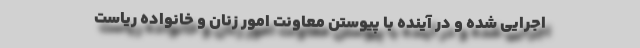
اجرایی شده و در آینده با پیوستن معاونت امور زنان و خانواده ریاست